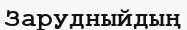
Зарудныйдың